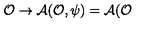
\mathcal { O } \rightarrow \mathcal { A } ( \mathcal { O } , \psi ) = \mathcal { A } ( \mathcal { O }